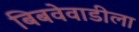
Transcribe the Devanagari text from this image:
बिबवेवाडीला